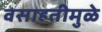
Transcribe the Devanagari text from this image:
वसाहतीमुळे